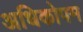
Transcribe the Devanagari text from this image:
अधिकोपम